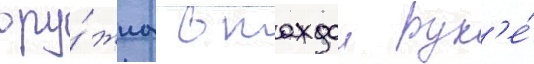
ору́жиа в каждои рук'е́